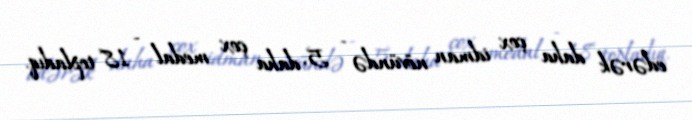
edərək daha çox idman növündə - 5, daha çox medal - 18 topladıq.